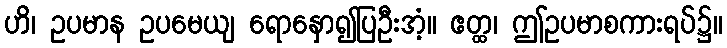
ဟိ၊ ဥပမာန ဥပမေယျ ရောနှော၍ပြဦးအံ့။ ဧတ္ထ၊ ဤဥပမာစကားရပ်၌။